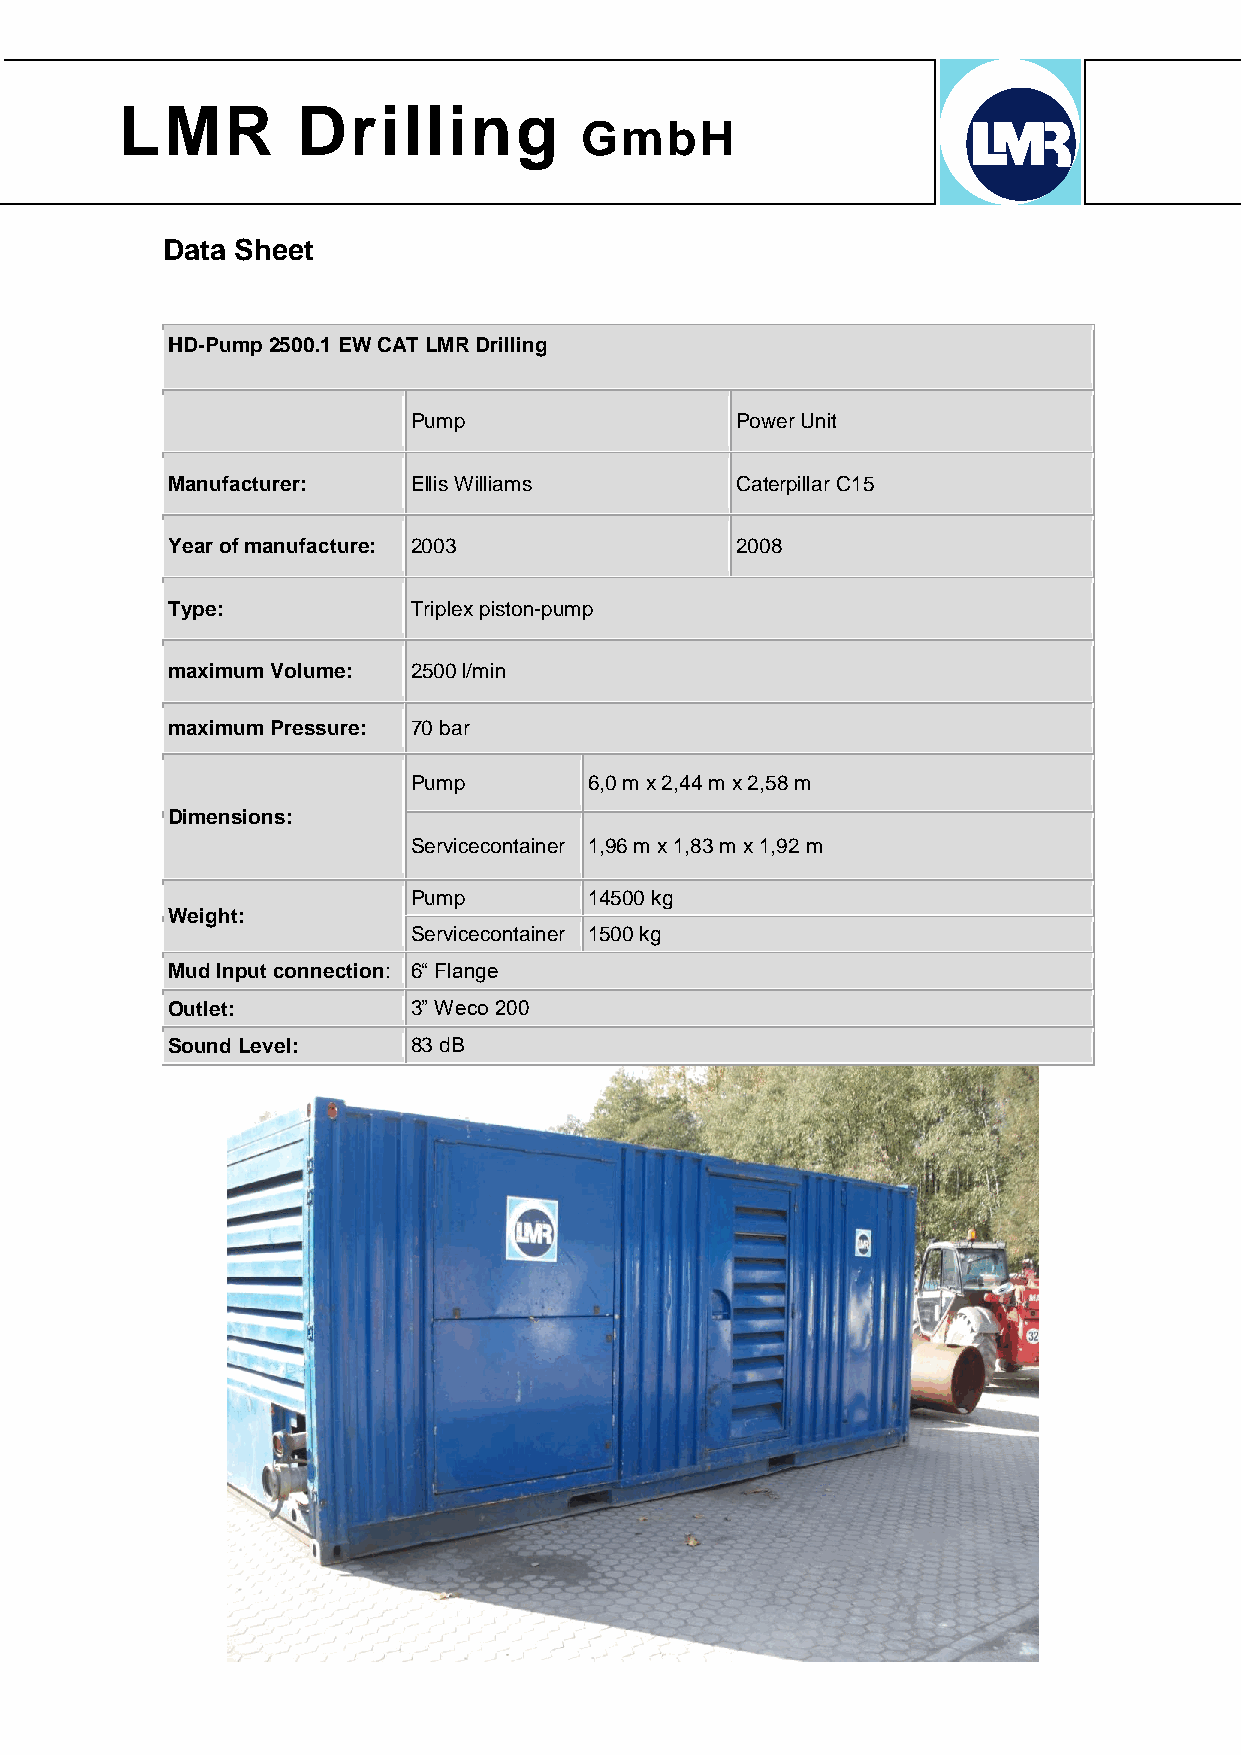
LMR         Drilling
 GmbH
 Data Sheet
 HD-Pump 2500.1 EW CAT LMR Drilling
 Pump                  Power Unit
 Manufacturer:   Ellis Williams        Caterpillar C15
 Year of manufacture: 2003             2008
 Type:           Triplex piston-pump
 maximum Volume: 2500 l/min
 maximum Pressure: 70 bar
 Pump        6,0 m x 2,44 m x 2,58 m
 Dimensions:
 Servicecontainer 1,96 m x 1,83 m x 1,92 m
 Pump        14500 kg
 Weight:
 Servicecontainer 1500 kg
 Mud Input connection: 6“ Flange
 Outlet:         3” Weco 200
 Sound Level:    83 dB